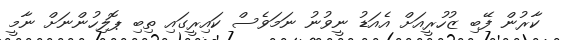
ކާރުން ފޭބި ޒުހުރީއަށް އެއަޑު ނީވުނު ނަމަވެސް ކައިރީގައި ތިބި ޕޮލިހުންނަށް ނާމީ